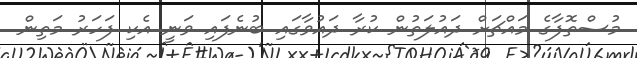
މުސްތޮފާގެ މައްޗަށް ދައުލަތުން ކުރާ ދައުވާގައި ބުނެފައި ވަނީ އެކި ފަހަރު މަތިން